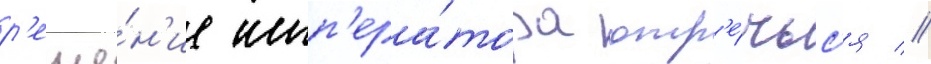
р'еше́н'ие имп'ера́тора отр'е́чьс'я //